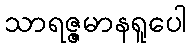
သာရဇ္ဇမာနရူပေါ